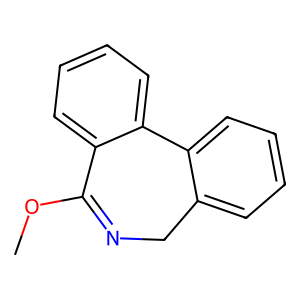
SMILES: COC1=NCc2ccccc2-c2ccccc21
Inhibits HIV replication: No